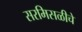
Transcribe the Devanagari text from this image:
सरमिसळीचे